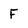
Character: F